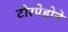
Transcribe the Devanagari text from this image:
टोरपेडोने